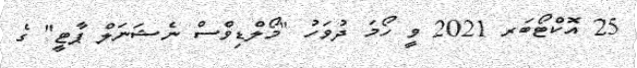
25 އޮކްޓޯބަރ 2021 ވީ ހޯމަ ދުވަހު "މޯލްޑިވްސް ނެޝަނަލް ޕާޓީ" ގެ